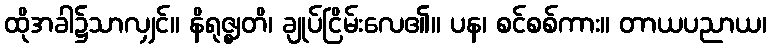
ထိုအခါ၌သာလျှင်။ နိရုဇ္ဈတိ၊ ချုပ်ငြိမ်းလေ၏။ ပန၊ စင်စစ်ကား။ တာယပညာယ၊